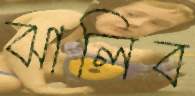
ঝালিব